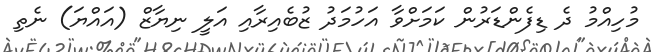
މުހިއްމު ދެ ޑިފެންޑަރުން ކަމަށްވާ އަހުމަދު ޒުބެއިރާއި އަލީ ނިޔާޒް (އައްޔަ) ނެތި